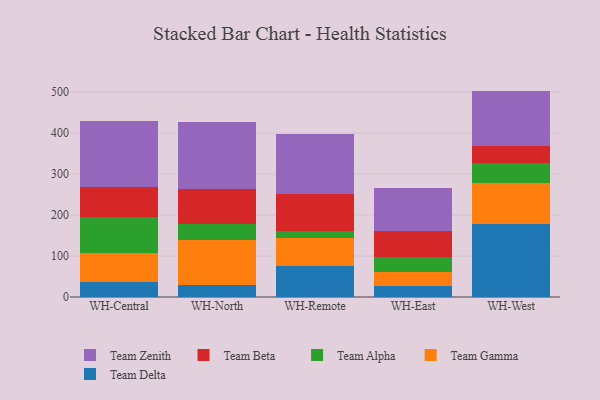
{"axis": {"x": "Warehouse", "y": "Customer Acquisition Cost (USD)"}, "legend": ["Team Alpha", "Team Beta", "Team Delta", "Team Gamma", "Team Zenith"], "data": [{"x": "WH-Central", "y": 35.8, "type": "Team Delta"}, {"x": "WH-Central", "y": 72.6, "type": "Team Gamma"}, {"x": "WH-Central", "y": 86.5, "type": "Team Alpha"}, {"x": "WH-Central", "y": 74.4, "type": "Team Beta"}, {"x": "WH-Central", "y": 161.1, "type": "Team Zenith"}, {"x": "WH-North", "y": 28.3, "type": "Team Delta"}, {"x": "WH-North", "y": 110.2, "type": "Team Gamma"}, {"x": "WH-North", "y": 40.4, "type": "Team Alpha"}, {"x": "WH-North", "y": 85.4, "type": "Team Beta"}, {"x": "WH-North", "y": 162.4, "type": "Team Zenith"}, {"x": "WH-Remote", "y": 75.4, "type": "Team Delta"}, {"x": "WH-Remote", "y": 67.8, "type": "Team Gamma"}, {"x": "WH-Remote", "y": 17.4, "type": "Team Alpha"}, {"x": "WH-Remote", "y": 90.9, "type": "Team Beta"}, {"x": "WH-Remote", "y": 146.7, "type": "Team Zenith"}, {"x": "WH-East", "y": 26.0, "type": "Team Delta"}, {"x": "WH-East", "y": 34.3, "type": "Team Gamma"}, {"x": "WH-East", "y": 37.7, "type": "Team Alpha"}, {"x": "WH-East", "y": 63.5, "type": "Team Beta"}, {"x": "WH-East", "y": 103.9, "type": "Team Zenith"}, {"x": "WH-West", "y": 177.7, "type": "Team Delta"}, {"x": "WH-West", "y": 101.2, "type": "Team Gamma"}, {"x": "WH-West", "y": 47.3, "type": "Team Alpha"}, {"x": "WH-West", "y": 41.9, "type": "Team Beta"}, {"x": "WH-West", "y": 135.2, "type": "Team Zenith"}]}